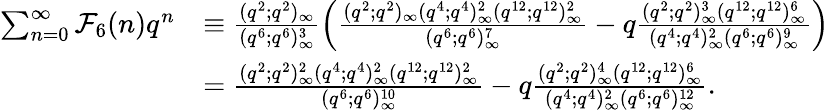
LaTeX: \begin{array}{rl}{\sum_{n=0}^{\infty}\mathcal{F}_{6}(n)q^{n}}&{\equiv\frac{(q^{2};q^{2})_{\infty}}{(q^{6};q^{6})_{\infty}^{3}}\left(\frac{(q^{2};q^{2})_{\infty}(q^{4};q^{4})_{\infty}^{2}(q^{12};q^{12})_{\infty}^{2}}{(q^{6};q^{6})_{\infty}^{7}}-q\frac{(q^{2};q^{2})_{\infty}^{3}(q^{12};q^{12})_{\infty}^{6}}{(q^{4};q^{4})_{\infty}^{2}(q^{6};q^{6})_{\infty}^{9}}\right)}\\ &{=\frac{(q^{2};q^{2})_{\infty}^{2}(q^{4};q^{4})_{\infty}^{2}(q^{12};q^{12})_{\infty}^{2}}{(q^{6};q^{6})_{\infty}^{10}}-q\frac{(q^{2};q^{2})_{\infty}^{4}(q^{12};q^{12})_{\infty}^{6}}{(q^{4};q^{4})_{\infty}^{2}(q^{6};q^{6})_{\infty}^{12}}.}\end{array}